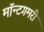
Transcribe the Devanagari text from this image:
मॉन्टगमरी